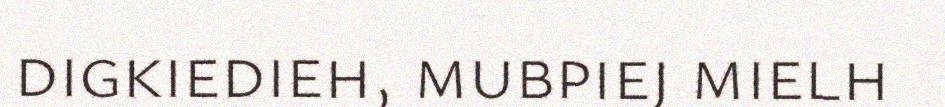
digkiedieh, mubpiej mielh